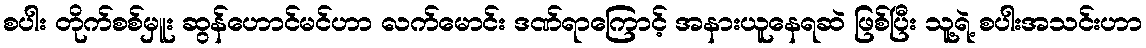
စပါး တိုက်စစ်မှူး ဆွန်ဟောင်မင်ဟာ လက်မောင်း ဒဏ်ရာကြောင့် အနားယူနေရဆဲ ဖြစ်ပြီး သူ့ရဲ့ စပါးအသင်းဟာ